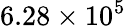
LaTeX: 6.28\times 10^{5}